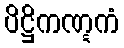
ပိဋ္ဌိကဏ္ဋကံ